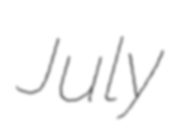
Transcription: July